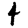
Digit: 4